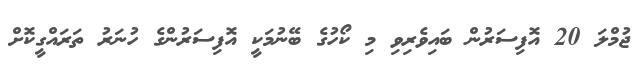
ޖުމްލަ 20 އޮފިސަރުން ބައިވެރިވި މި ކޯހުގެ ބޭނުމަކީ އޮފިސަރުންގެ ހުނަރު ތަރައްގީކޮށް